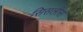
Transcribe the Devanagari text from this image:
सिसलीस